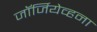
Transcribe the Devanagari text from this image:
जॉर्जियेव्हना